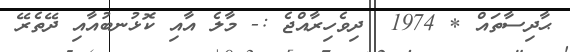
ޙާދިސާތައް * 1974  ދިވެހިރާއްޖެ :- މާލެ އާއި ކޮޅުނބުއާއި ދޭތެރޭ